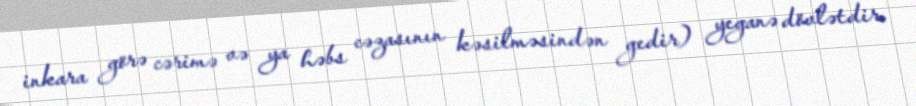
inkara görə cərimə və ya həbs cəzasının kəsilməsindən gedir) yeganə dövlətdir.